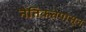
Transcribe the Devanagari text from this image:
नैतिकतेपासून